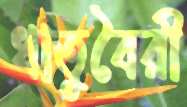
ধাতুবৈরী